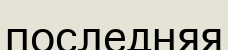
последняя